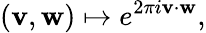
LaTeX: (\mathbf{v},\mathbf{w})\mapsto e^{2\pi i\mathbf{v}\cdot\mathbf{w}},